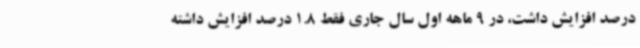
درصد افزایش داشت، در 9 ماهه اول سال جاری فقط 1.8 درصد افزایش داشته